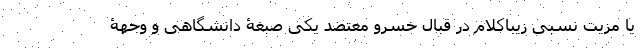
یا مزیت نسبی زیباکلام در قبال خسرو معتضد یکی صبغۀ دانشگاهی و وجهۀ